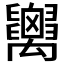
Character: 𥝋